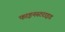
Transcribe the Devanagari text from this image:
फाइनस्टराइड